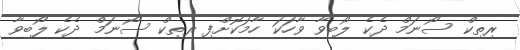
ރިތިކް ސޯނަމް ދެކެ ލޯބިވާ ވާހަކަ ހާމަކޮށްފި ރިތިކް ސޯނަމް ދެކެ ލޯބިވާ